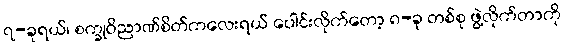
၇-ခုရယ်၊ စက္ခုဝိညာဏ်စိတ်ကလေးရယ် ပေါင်းလိုက်တော့ ၈-ခု တစ်စု ဖွဲ့လိုက်တာကို